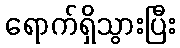
ရောက်ရှိသွားပြီး